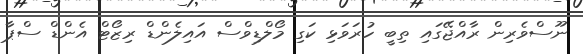
ނޫސްވެރިން ރާއްޖޭގައި ތިބީ ހުރަވަޅި ކަގި މޯލްޑިވްސް އައިލެންޑް ރިޒޯޓް އެންޑް ސްޕާ